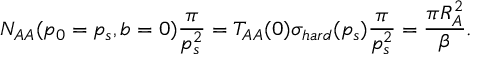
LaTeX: N _ { A A } ( p _ { 0 } = p _ { s } , b = 0 ) \frac { \pi } { p _ { s } ^ { 2 } } = T _ { A A } ( 0 ) \sigma _ { h a r d } ( p _ { s } ) \frac { \pi } { p _ { s } ^ { 2 } } = \frac { \pi R _ { A } ^ { 2 } } { \beta } .